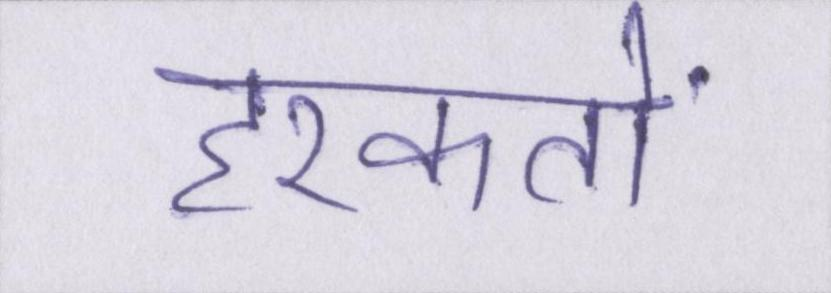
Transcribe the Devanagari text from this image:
हरकतों